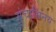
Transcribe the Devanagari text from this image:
मंचाभिनय